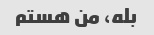
بله، من هستم